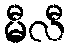
မီလီ